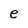
Character: e